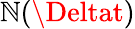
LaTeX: \mathbb{N}(\Deltat)